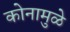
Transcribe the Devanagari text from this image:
कोनामुळे